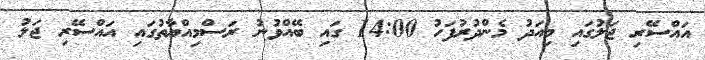
އައްސޭރި ޖަލުގައި މިއަދު މެންދުރުފަހު 14:00 ގައި ބޭއްވުނު ރަސްމިއްޔާތުގައި އައްސޭރި ޖަލު